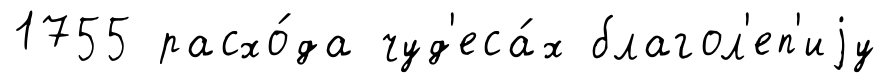
1755 расхо́да чуд'еса́х благол'еп'иjу